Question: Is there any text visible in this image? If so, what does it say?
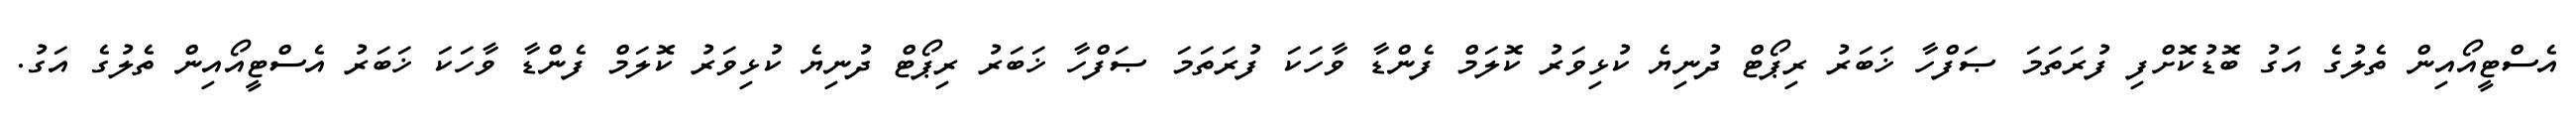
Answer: އެސްޓީއޯއިން ތެލުގެ އަގު ބޮޑުކޮށްފި ފުރަތަމަ ޞަފްހާ ޚަބަރު ރިޕޯޓް ދުނިޔެ ކުޅިވަރު ކޮލަމް ފެންޑާ ވާހަކަ ފުރަތަމަ ޞަފްހާ ޚަބަރު ރިޕޯޓް ދުނިޔެ ކުޅިވަރު ކޮލަމް ފެންޑާ ވާހަކަ ޚަބަރު އެސްޓީއޯއިން ތެލުގެ އަގު.